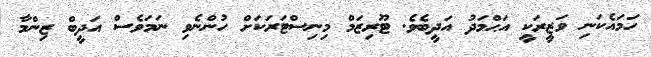
ހަމައެކަނި ވަޒީރަކީ އަޙްމަދު އަދީބެވެ. ޓޫރިޒަމް މިނިސްޓަރަކަށް ހުންނެވި ނަމަވެސް އަދީބް ޒިންމާ